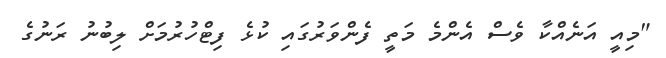
"މިއީ އަނެއްކާ ވެސް އެންމެ މަތީ ފެންވަރުގައި ކުޅެ ފިޓްހުރުމަށް ލިބުނު ރަނުގެ